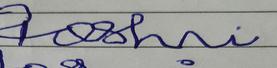
Signature authenticity: forged